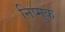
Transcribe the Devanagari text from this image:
निप्मुक